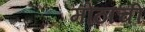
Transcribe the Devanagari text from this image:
मोठाची